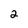
Character: 2